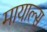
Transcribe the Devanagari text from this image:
मायाल्स